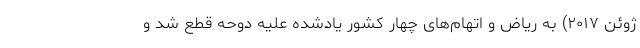
ژوئن ۲۰۱۷) به ریاض و اتهام‌های چهار کشور یادشده علیه دوحه قطع شد و